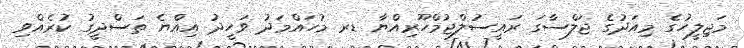
މަޖިލީހުގެ މިއަދުގެ ޖަލްސާގަ ރައީސުލްޖުމްހޫރިއްޔާ ޑރ މުހައްމަދު ވަހީދު އިއްޔެ ތަސްދީގު ކުރެއްވި